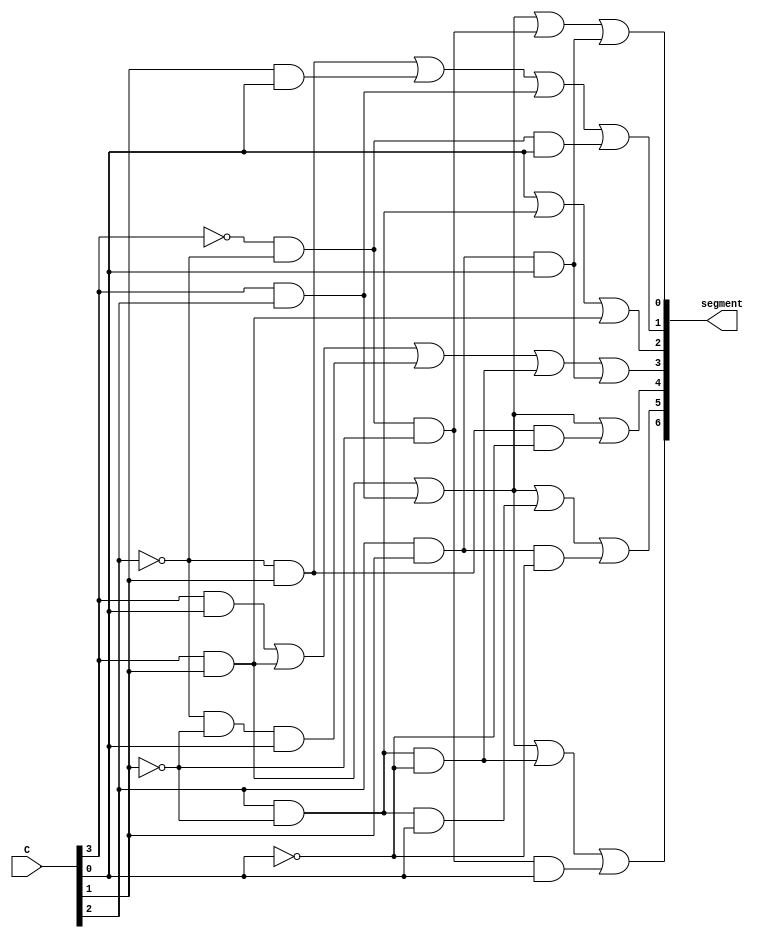
// implements a 7-segment decoder for d, E, 1 and 0
module char_7seg (C, segment);
input [3:0] C; // input code
output [0:6] segment; // output 7-seg code

//boolean expression from truth table and K-map 
assign segment[0] = (C[3]&C[1]) | (C[3]&C[2]) | (C[2]&~C[1]&~C[0]) | (~C[3]&~C[2]&~C[1]&C[0]);
assign segment[1] = (C[3]&C[1]) | (C[3]&C[2]) | (C[2]&~C[1]&C[0]) | (C[2]&C[1]&~C[0]);
assign segment[2] = (C[3]&C[1]) | (C[3]&C[2]) | (~C[2]&C[1]&~C[0]);
assign segment[3] = (C[3]&C[0]) | (C[3]&C[1]) | (~C[2]&~C[1]&C[0]) | (C[2]&~C[1]&~C[0]) | (C[2]&C[1]&C[0]);
assign segment[4] = (C[0]) | (C[2]&~C[1]) | (C[3]&C[1]);
assign segment[5] = (~C[2]&C[1]) | (C[1]&C[0]) | (C[3]&C[2]) | (~C[3]&~C[2]&C[0]);
assign segment[6] = (C[3]&C[1]) | (C[3]&C[2]) | (~C[3]&~C[2]&~C[1]) | (C[2]&C[1]&C[0]);


endmodule